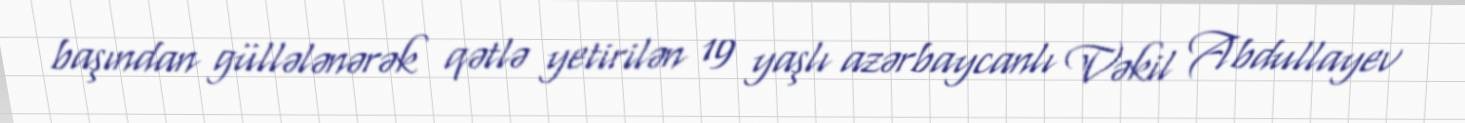
başından güllələnərək qətlə yetirilən 19 yaşlı azərbaycanlı Vəkil Abdullayev